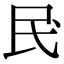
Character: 𫞖